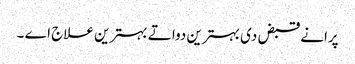
پرانے قبض د‏‏ی بہترین دوا تے بہترین علاج اے ۔